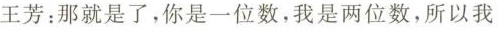
王芳：那就是了，你是一位数，我是两位数，所以我